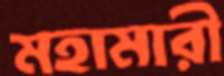
মহামারী